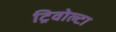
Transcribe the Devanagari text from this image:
ट्रिवोल्‍टा